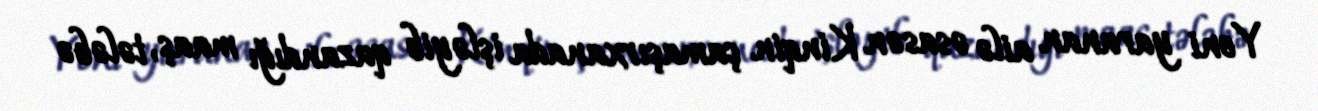
Yeni yaranan ailə əsasən Kinqin çamaşırxanada işləyib qazandığı maaş, tələbə